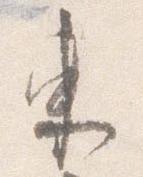
東